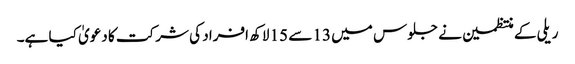
ریلی کے منتظمین نے جلوس میں 13 سے 15 لاکھ افراد کی شرکت کا دعویٰ کیا ہے۔